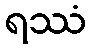
ရဿံ